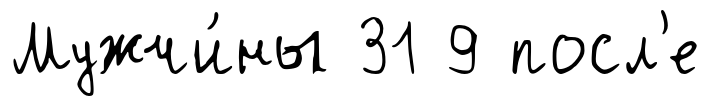
Мужчи́ны 31 9 посл'е